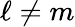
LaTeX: \ell\neq m